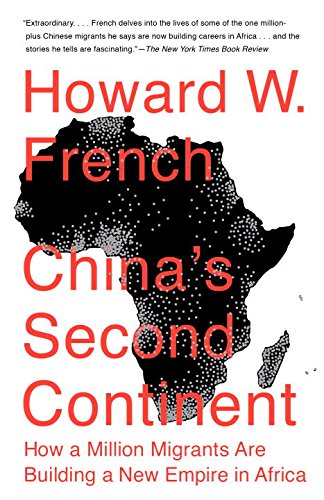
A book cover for China's Second Continent: How a Million Migrants Are Building a New Empire in Africa; Howard W. French; History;